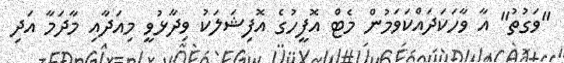
"ވަގުތު" އާ ވާހަކަދައްކަވަމުން މެޓް އޮފީހުގެ އޮފިޝަލަކު ވިދާޅުވީ މިއަދާއި މާދަމާ އަދި